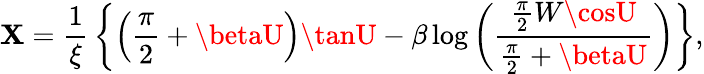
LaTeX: \mathbf{X}={\frac{{1}}{{\xi}}}\left\{ \left({\frac{{\pi}}{{2}}}+\betaU\right)\tanU-\beta\log\left({\frac{{{\frac{{\pi}}{{2}}}W\cosU}}{{{\frac{{\pi}}{{2}}}+\betaU}}}\right)\right\} ,